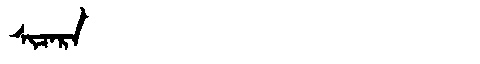
Manchu: ᠰᡳᠴᠠᡵᠠ
Romanization: SICARA